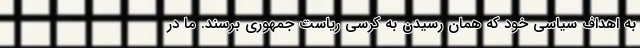
به اهداف سیاسی خود که همان رسیدن به کرسی ریاست جمهوری برسند. ما در